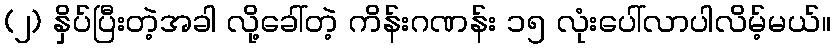
(၂) နှိပ်ပြီးတဲ့အခါ လို့ခေါ်တဲ့ ကိန်းဂဏန်း ၁၅ လုံးပေါ်လာပါလိမ့်မယ်။